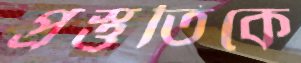
প্রস্তুতিকে